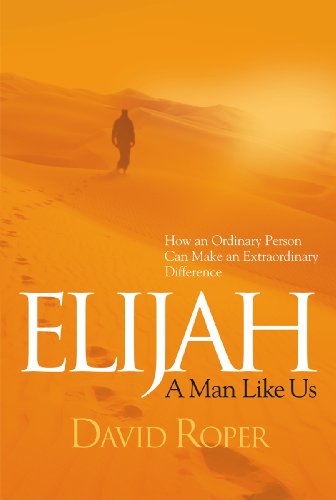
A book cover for Elijah: A Man Like Us; David Roper; Christian Books & Bibles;